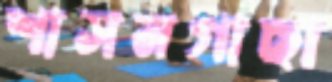
শাসনগাছা